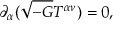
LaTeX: \partial _ { \alpha } ( \sqrt { - G } T ^ { \alpha \nu } ) = 0 ,